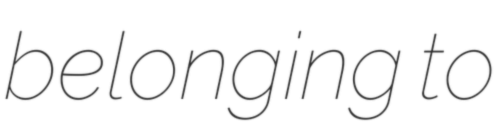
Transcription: belonging to